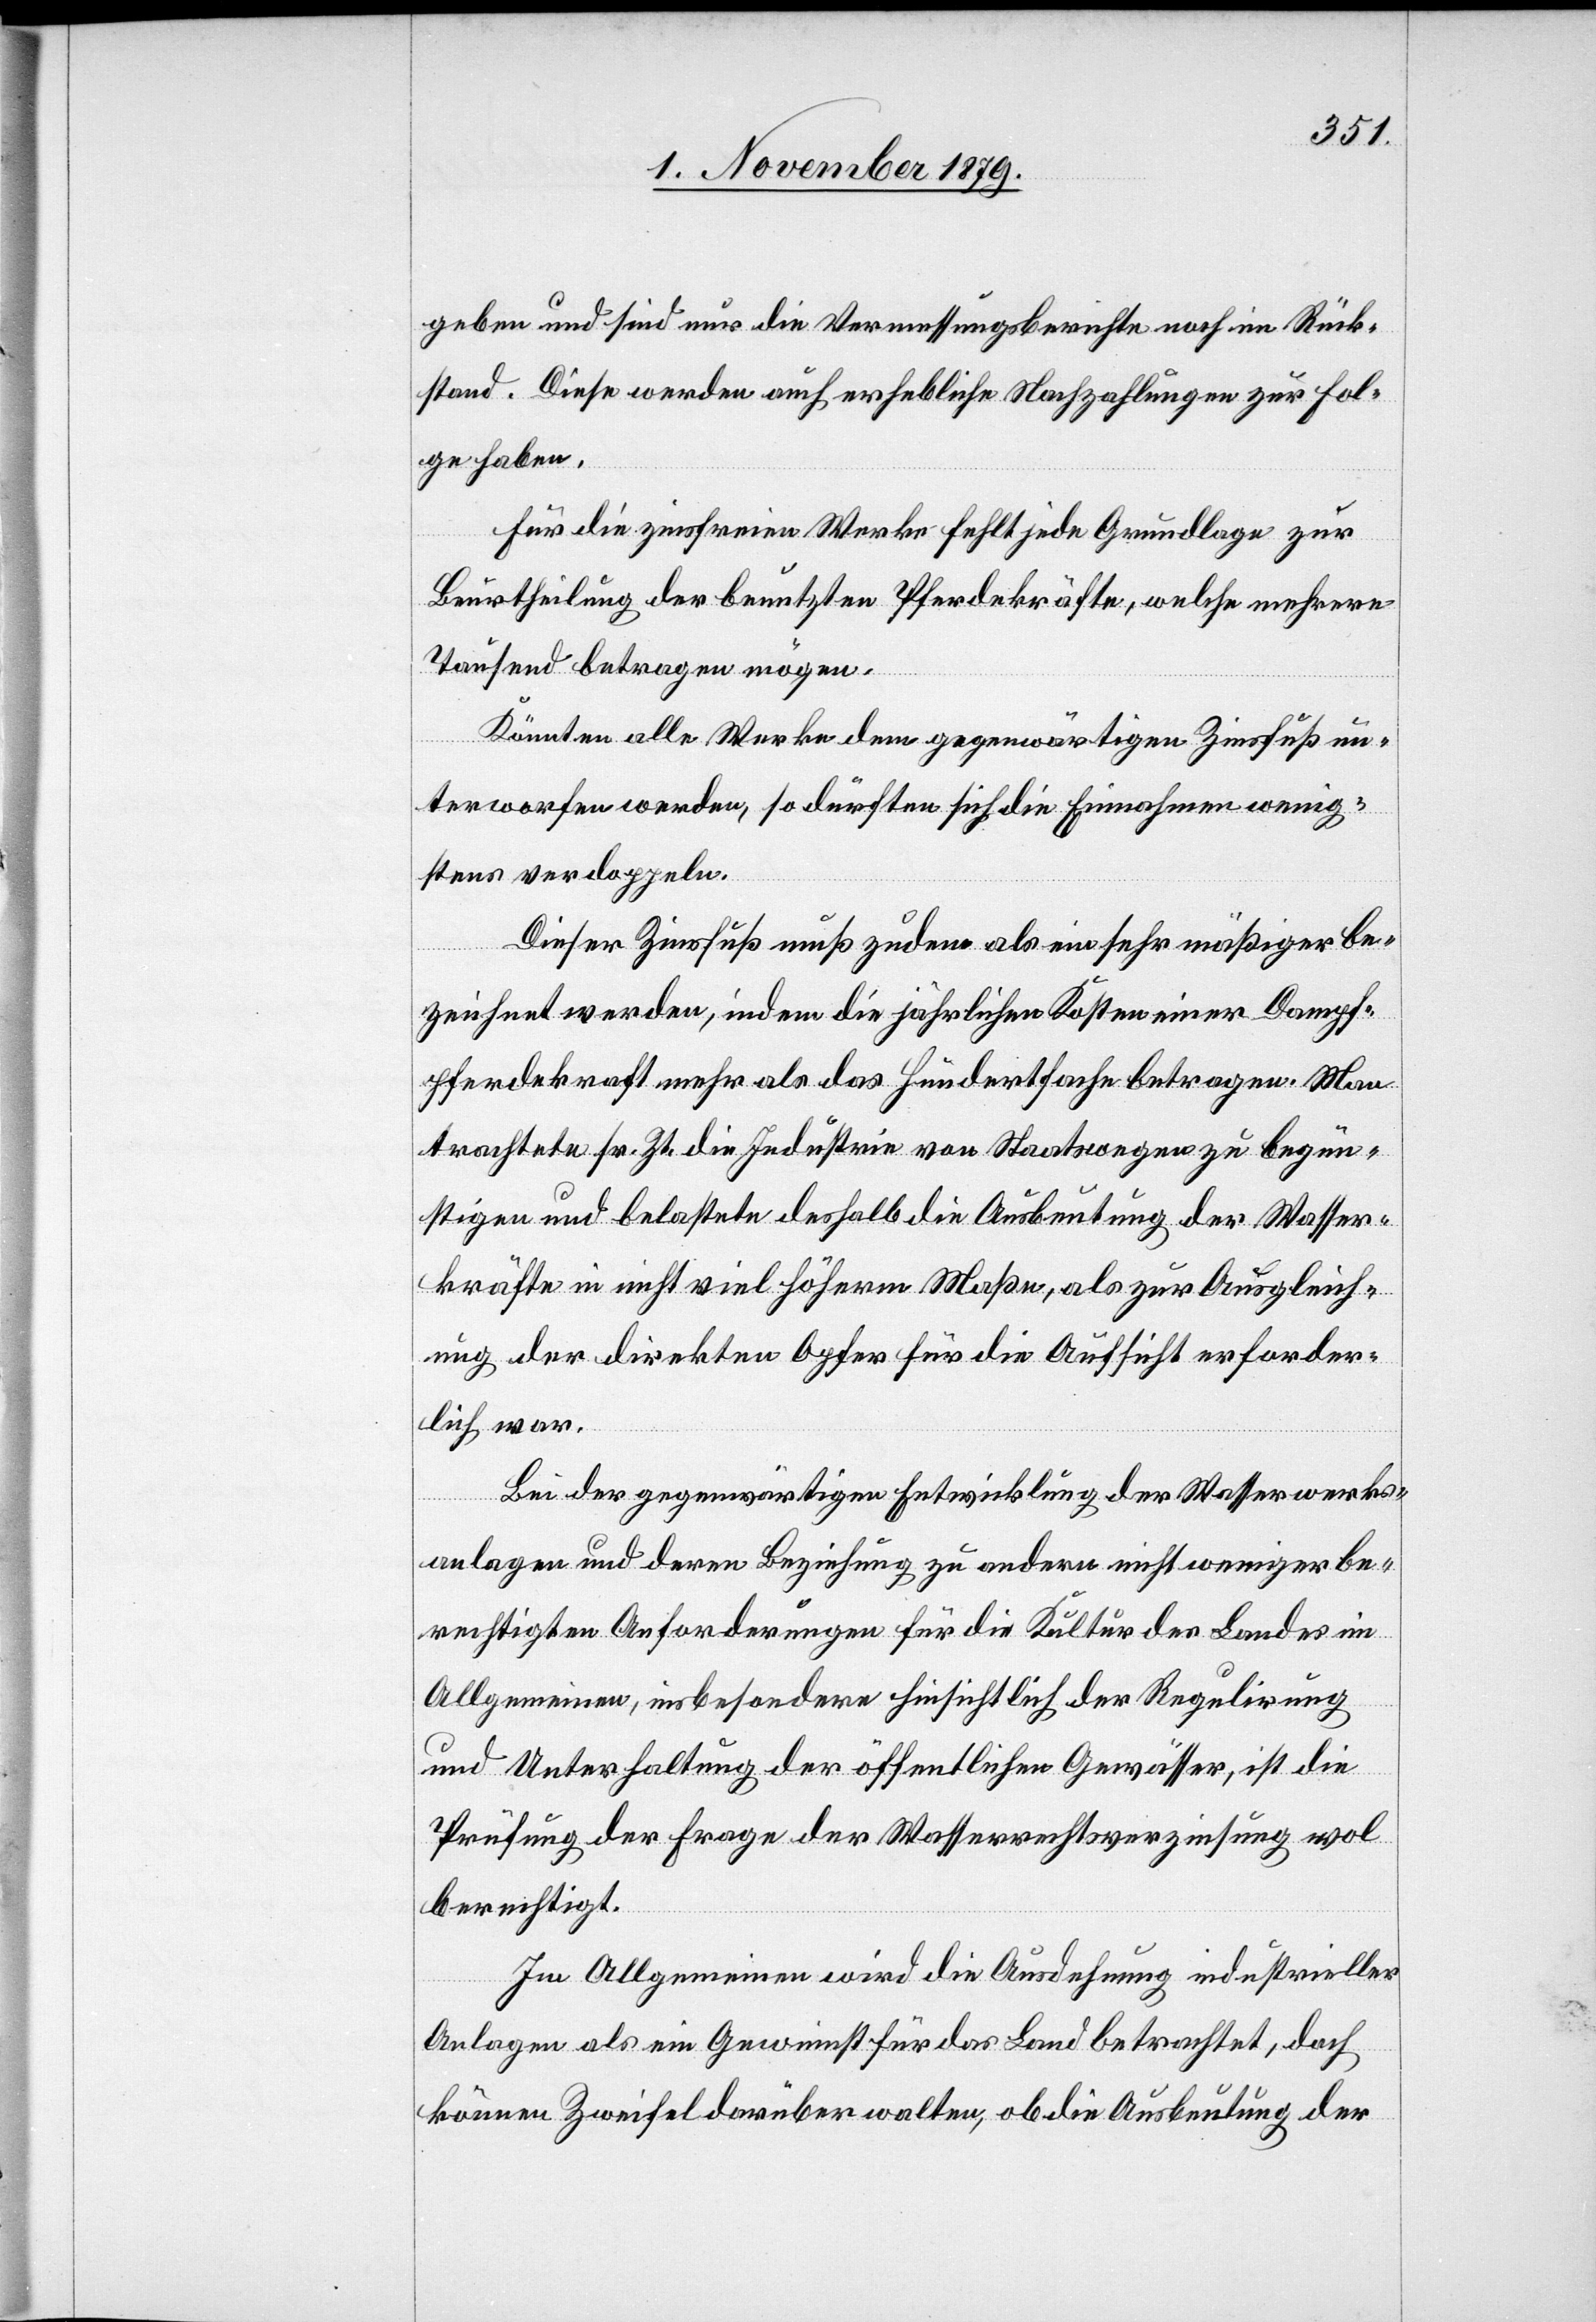
geben und sind nur die Vermessungsberichte noch im Rück¬
stand. Diese werden auch erheblich Nachzahlungen zur Fol¬
ge haben.
Für die zinsfreien Werke fehlt jede Grundlage zur
Beurtheilung der benutzten Pferdekräfte, welche mehrere
Tausend betragen mögen.
Könnten alle Werke dem gegenwärtigen Zinsfuß un¬
terworfen werden, so dürften sich die Einnahmen wenig¬
stens verdoppeln.
Dieser Zinsfuß muß zudem als ein sehr mäßiger be¬
zeichnet werden, indem die jährlichen Kosten einer Dampf¬
pferdekraft mehr als das hundertfache betragen. Man
trachtete sr. Zt. die Industrien von Staatswegen zu begün¬
stigen und belastete deshalb die Ausbeutung der Wasser¬
kräfte in nicht viel höherm Maße, als zur Ausgleich¬
ung der direkten Opfer für die Aufsicht erforder¬
lich war.
Bei der gegenwärtigen Entwicklung der Wasserwerks¬
anlagen und deren Beziehung zu andern nicht weniger be¬
rechtigten Anforderungen für die Kultur des Landes im
Allgemeinen, insbesondere hinsichtlich der Regulirung
und Unterhaltung der öffentlichen Gewässer, ist die
Prüfung der Frage der Wasserrechtsverzinsung wol
berechtigt.
Im Allgemeinen wird die Ausdehnung industrieller
Anlagen als ein Gewinnst für das Land betrachtet, doch
können Zweifel darüber walten, ob die Ausbeutung der